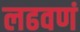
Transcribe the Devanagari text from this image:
लढवणं